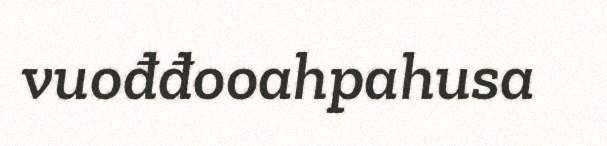
vuođđooahpahusa